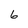
Character: 6